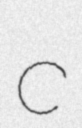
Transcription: c